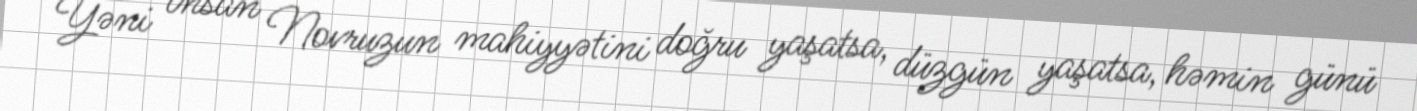
Yəni insan Novruzun mahiyyətini doğru yaşatsa, düzgün yaşatsa, həmin günü